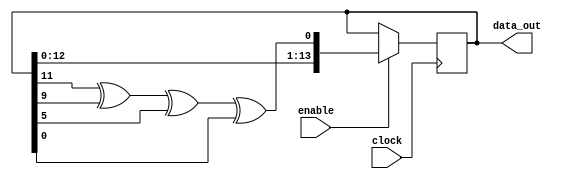
module lfsr(
		clock,
		data_out,
		enable
		);
		input clock;
		input enable;
		output [13:0] data_out;
		reg [13:0] count;
		initial count = 16'd128;

		always @ (posedge clock)
			if (enable == 1'b1)
				count <= {count [13:0], (((count[11] ^ count[9]) ^ count[5]) ^count[0])};
				assign data_out = count;
endmodule